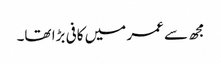
مجھ سے عمر میں کافی بڑا تھا۔